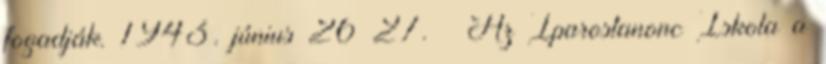
fogadják. 1943. június 26–27. – Az Iparostanonc Iskola a